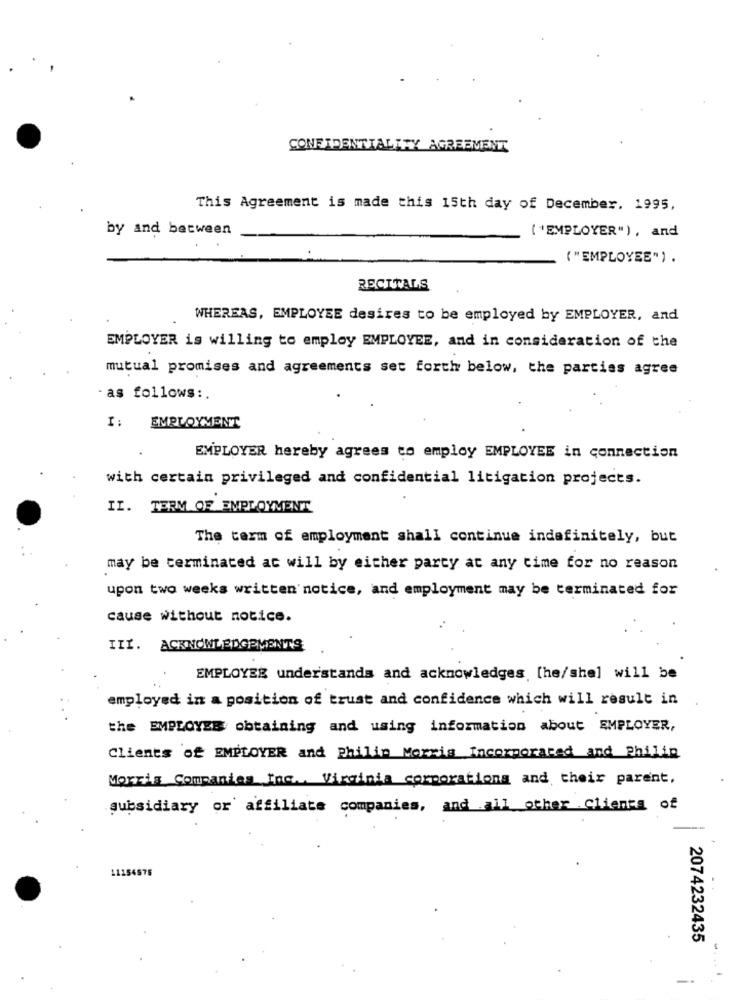
CONFIDENTIALITY AGREEMENT
This Agreement is made this 15th day of December. 1995,
by and between
( *EMPLOYER"), and
( "EMPLOYEE") .
RECITALS
WHEREAS, EMPLOYEE desires to be employed by EMPLOYER, and
EMPLOYER is willing to employ EMPLOYEE, and in consideration of the
mutual promises and agreements set forth below, the parties agree
- as follows :.
I: EMPLOYMENT
EMPLOYER hereby agrees to employ EMPLOYEE in connection
with certain privileged and confidential litigation projects.
II. TERM OF EMPLOYMENT
The term of employment shall continue indefinitely, but
may be terminated at will by either party at any time for no reason
upon two weeks written notice, and employment may be terminated for
cause without notice.
III. ACKNOWLEDGEMENTS
EMPLOYER understands and acknowledges [he/she] will be
employed in a position of trust and confidence which will result in
the EMPLOYEE obtaining and using information about EMPLOYER,
Clients of EMPLOYER and Philip Morris Incorporated and Philip
Morris Companies Inc ., Virginia corporations and their parent,
subsidiary or affiliate companies, and all other clients of
11154575
2074232435
--